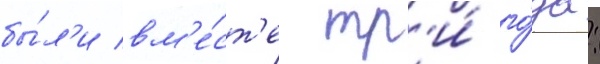
бы́л'и вм'е́ст'е тр'и́ го́да: